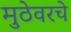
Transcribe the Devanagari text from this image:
मुठेवरचे